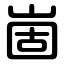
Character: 崮